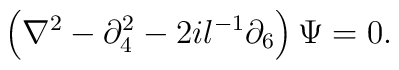
\left( \nabla ^{2}-\partial _{4}^{2}-2il^{-1}\partial _{6}\right) \Psi =0.